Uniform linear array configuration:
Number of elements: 32
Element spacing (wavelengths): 0.75
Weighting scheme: blackman
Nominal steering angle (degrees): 60
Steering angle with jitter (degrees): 60.053
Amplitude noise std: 0.05
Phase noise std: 0.05

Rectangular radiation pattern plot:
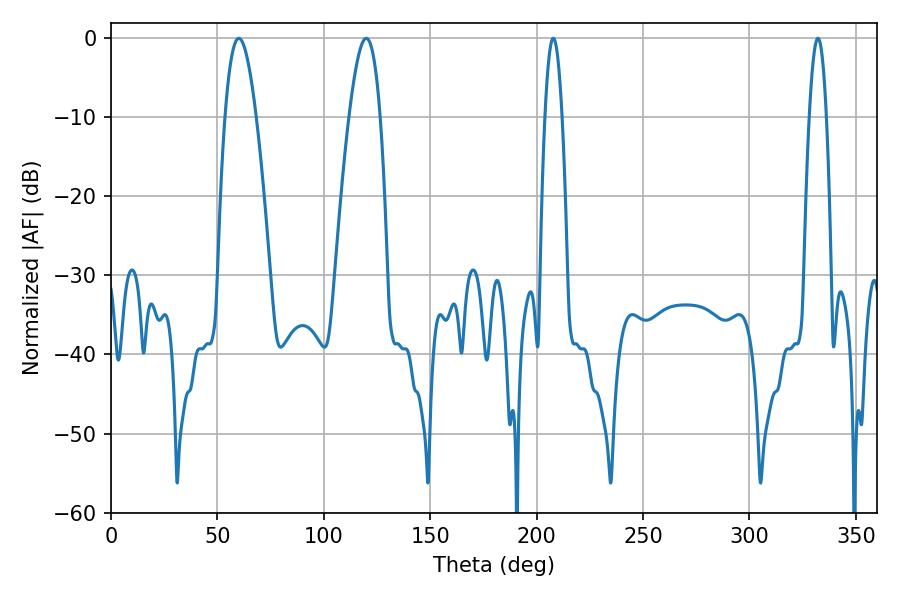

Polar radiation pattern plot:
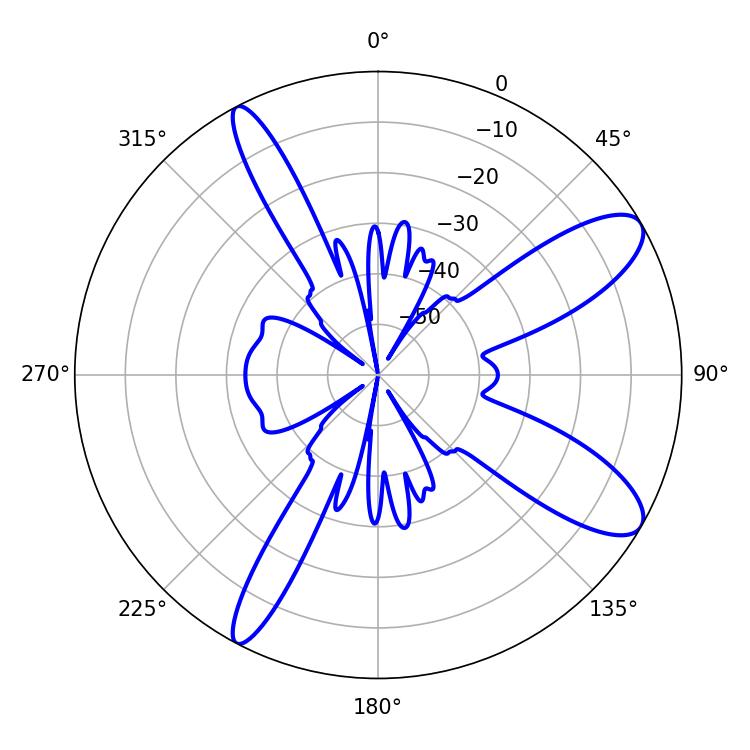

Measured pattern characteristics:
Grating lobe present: TRUE
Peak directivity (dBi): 10.365
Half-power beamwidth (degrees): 7.92
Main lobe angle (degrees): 60.12